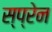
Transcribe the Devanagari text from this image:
स्प्रेन